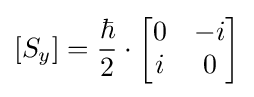
[S_{y}]={\frac {\hbar }{2}}\cdot {\begin{bmatrix}0&-i\\i&0\end{bmatrix}}